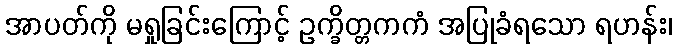
အာပတ်ကို မရှုခြင်းကြောင့် ဥက္ခိတ္တကကံ အပြုခံရသော ရဟန်း၊